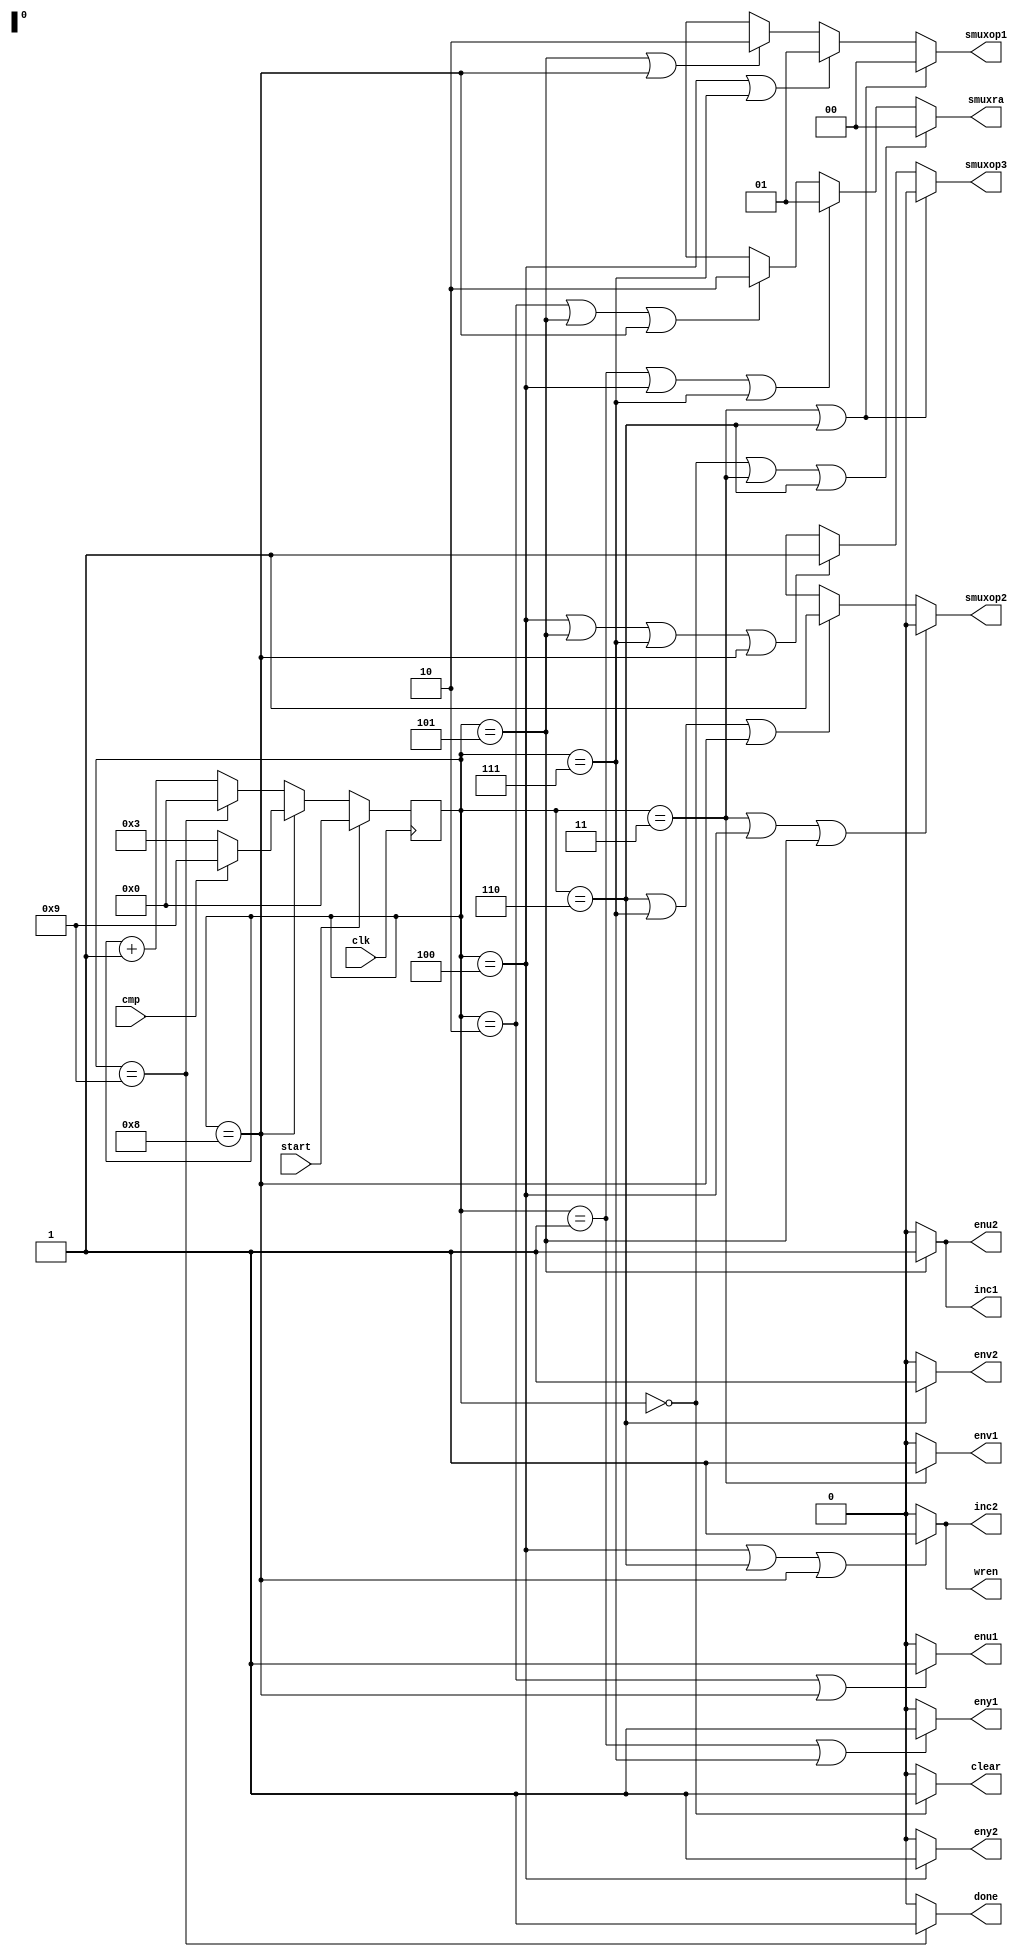
// `default_nettype none
module yuv_to_rgb_controller
(
	input wire clk,
	input wire start,
	input wire cmp,
	output wire clear,
	output wire eny1,
	output wire enu1,
	output wire env1,
	output wire eny2,
	output wire enu2,
	output wire	env2,
	output wire[1:0] smuxra,
	output wire[1:0] smuxop1,
	output wire smuxop2,
	output wire smuxop3,
	output wire inc1,
	output wire inc2,
	output wire wren,
	output wire done
);

	reg [3:0]state = 4'b0000;
	always @(posedge clk) begin
		if (start)
			state = 4'b0000;
		else if (state == 4'b1000)
			state = cmp ? 4'b1001 : 4'b0011;
		else if (state == 4'b1001)
			state = 4'b0000;
		else
			state = state + 1;
	end
	
	assign clear = (state == 4'b0000) ? 1'b1 : 1'b0;
	assign eny1 = (state == 4'b0001 || state == 4'b0111) ? 1'b1 : 1'b0;
	assign enu1 = (state == 4'b0010 || state == 4'b1000) ? 1'b1 : 1'b0;
	assign env1 = (state == 4'b0011) ? 1'b1 : 1'b0;
	assign eny2 = (state == 4'b0100) ? 1'b1 : 1'b0;
	assign enu2 = (state == 4'b0101) ? 1'b1 : 1'b0;
	assign env2 = (state == 4'b0110) ? 1'b1 : 1'b0;
	assign smuxra = (state == 4'b0000 || state == 4'b0011 || state == 4'b0110) ? 2'b00 :
					(state == 4'b0001 || state == 4'b0100 || state == 4'b0111) ? 2'b01 :
					(state == 4'b0010 || state == 4'b0101 || state == 4'b1000) ? 2'b10 : 2'bxx;
	assign smuxop1 = (state == 4'b0011 || state == 4'b0110) ? 2'b00 :
					 (state == 4'b0100 || state == 4'b0111) ? 2'b01 :
					 (state == 4'b0101 || state == 4'b1000) ? 2'b10 : 2'bxx;
	assign smuxop2 = (state == 4'b0011 || state == 4'b0100 || state == 4'b0101) ? 1'b0 :
					 (state == 4'b0110 || state == 4'b0111 || state == 4'b1000) ? 1'b1 : 1'bx;
	assign smuxop3 = (state == 4'b0011 || state == 4'b0110) ? 1'b0 :
					 (state == 4'b0100 || state == 4'b0101 || state == 4'b0111 || state == 4'b1000) ? 1'b1 : 1'bx;
	assign inc1 = (state == 4'b0101) ? 1'b1 : 1'b0;
	assign inc2 = (state == 4'b0100 || state == 4'b0110 || state == 4'b1000) ? 1'b1 : 1'b0;
	assign wren = (state == 4'b0100 || state == 4'b0110 || state == 4'b1000) ? 1'b1 : 1'b0;
	assign done = (state == 4'b1001) ? 1'b1 : 1'b0;
	
endmodule